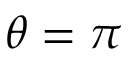
\theta = \pi